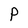
Character: P